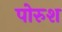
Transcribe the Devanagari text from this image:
पोरुश